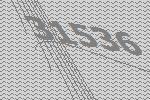
31536